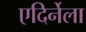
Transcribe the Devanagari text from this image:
एदिर्नेला